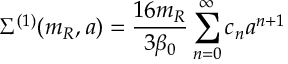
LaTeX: \Sigma ^ { ( 1 ) } ( m _ { R } , a ) = \frac { 1 6 m _ { R } } { 3 \beta _ { 0 } } \sum _ { n = 0 } ^ { \infty } c _ { n } a ^ { n + 1 }